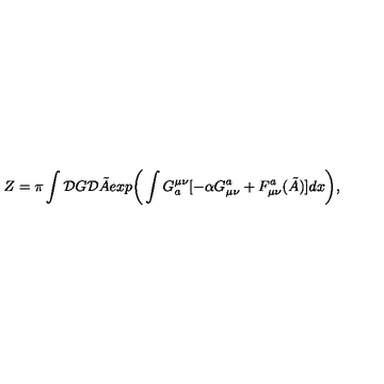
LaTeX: Z = \pi \int { \cal D } G { \cal D } \tilde { A } e x p \bigg ( \int G _ { a } ^ { \mu \nu } [ - \alpha G _ { \mu \nu } ^ { a } + F _ { \mu \nu } ^ { a } ( \tilde { A } ) ] d x \bigg ) ,